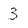
Character: 3